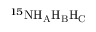
^ { 1 5 } \mathrm { N } \mathrm { H _ { A } H _ { B } H _ { C } }